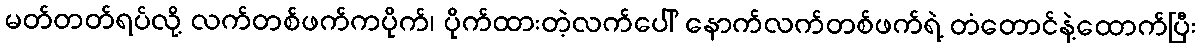
မတ်တတ်ရပ်လို့ လက်တစ်ဖက်ကပိုက်၊ ပိုက်ထားတဲ့လက်ပေါ် နောက်လက်တစ်ဖက်ရဲ့ တံတောင်နဲ့ထောက်ပြီး